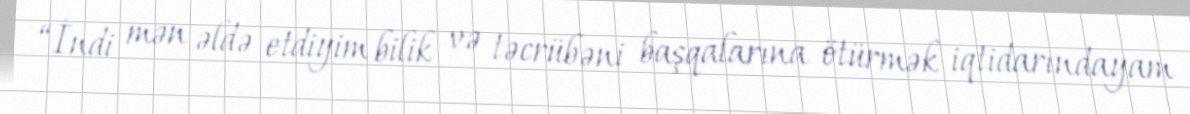
“İndi mən əldə etdiyim bilik və təcrübəni başqalarına ötürmək iqtidarındayam